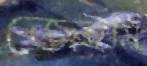
জেইমি